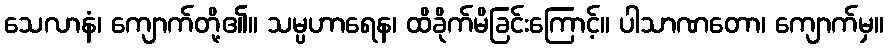
သေလာနံ၊ ကျောက်တို့၏။ သမ္ပဟာရေန၊ ထိခိုက်မိခြင်းကြောင့်။ ပါသာဏတော၊ ကျောက်မှ။